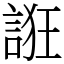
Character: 誑